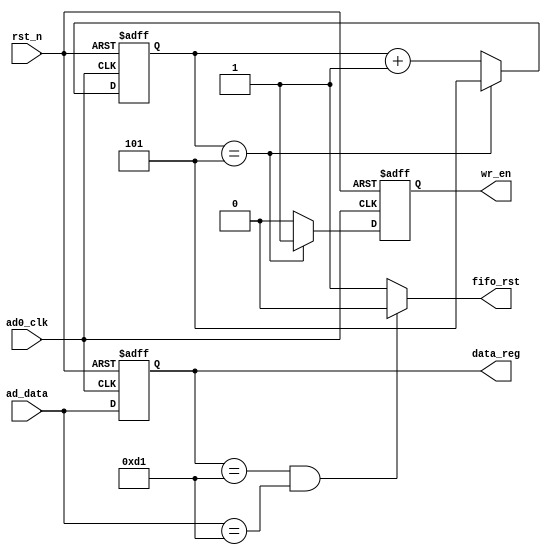
`timescale 1ns / 1ps
//////////////////////////////////////////////////////////////////////////////////
// Company: 
// Engineer: 
// 
// Design Name: 
// Module Name: ADC_get_module
// Project Name: 
// Target Devices: 
// Tool Versions: 
// Description: 
// 
// Dependencies: 
// 
// Revision:
// Revision 0.01 - File Created
// Additional Comments:
// 
//////////////////////////////////////////////////////////////////////////////////


module ADC_get_module(
    input       ad0_clk         ,
    input [7:0] ad_data         ,
    input       rst_n           ,
    
    output     fifo_rst         ,
    output reg [7:0] data_reg   ,
    output reg  wr_en    
    
    );
    
//A/D
    always@(posedge ad0_clk or negedge rst_n)
     begin
        if (!rst_n)
            data_reg <= 8'b0;
        else
            data_reg <= ad_data;
    end
    
    assign fifo_rst = (data_reg == 8'd209 && ad_data == 8'd209)? 0:1;
    
    reg [2:0] cnt;
    always@(posedge ad0_clk or negedge rst_n) begin
        if (!rst_n)
            cnt<=2'b0;
        else if (cnt==3'd5)
            cnt<=3'd5;
        else
            cnt<=cnt+1'b1;
    end
    always@(posedge ad0_clk or negedge rst_n) begin
//attention
        if (!rst_n) begin
            wr_en<=1'b0;
        end
        else if(cnt==3'd5) begin
            wr_en<=1'b1;
        end
        else
            wr_en<=1'b0;
    end

endmodule